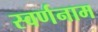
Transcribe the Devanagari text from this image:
स्वर्णनाम